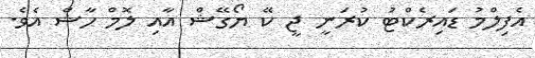
އެފިލްމު ޑައިރެކްޓު ކުރަނީ ޖީ ކޭ ޔޯގޭޝް އާއި ލޮމް ހާޝް އެވެ.